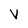
Character: V